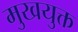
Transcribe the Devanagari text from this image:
मुखयुक्त